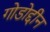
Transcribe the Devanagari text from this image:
गोडोद्दीन